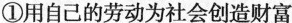
①用自己的劳动为社会创造财富